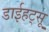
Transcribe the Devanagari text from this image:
डाईहट्सू